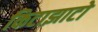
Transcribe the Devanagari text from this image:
किटाझाटो